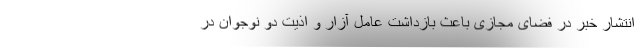
انتشار خبر در فضای مجازی باعث بازداشت عامل آزار و اذیت دو نوجوان در